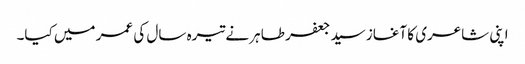
اپنی شاعری کا آغاز سید جعفر طاہر نے تیرہ سال کی عمر میں کیا۔